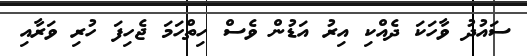
ސައުދު ވާހަކަ ދެއްކި އިރު އަޑުން ވެސް ހިތްހަމަ ޖެހިފަ ހުރި ވަރާއި